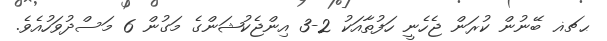
ޙޗޣ ބޭނުން ކުރަން ޖެހެނީ ހަފުތާއަކު 2-3 އިންޖެކުޝަންގެ މަގުން 6 މަސްދުވަހުއެވެ.